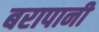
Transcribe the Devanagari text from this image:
बरापानी